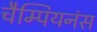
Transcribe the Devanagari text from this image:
चैम्पियनंस